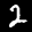
Label: 2